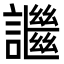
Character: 䜝